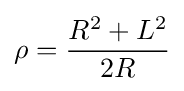
\rho ={R^{2}+L^{2} \over 2R}